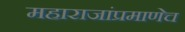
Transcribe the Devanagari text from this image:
महाराजांप्रमाणेच